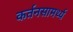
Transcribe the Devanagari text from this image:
कर्तनसामर्थ्य